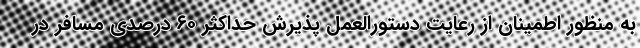
به منظور اطمینان از رعایت دستورالعمل پذیرش حداکثر ۶۰ درصدی مسافر در